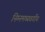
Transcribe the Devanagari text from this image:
निम्नमध्यवर्गीय